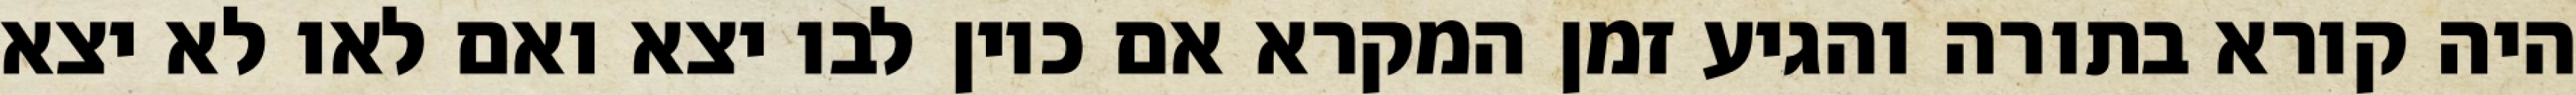
היה קורא בתורה והגיע זמן המקרא אם כיון לבו יצא ואם לאו לא יצא